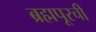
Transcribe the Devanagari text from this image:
ब्रह्मपूरची